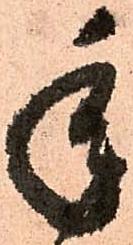
年